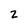
Character: 2